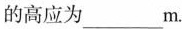
的高应为___m。